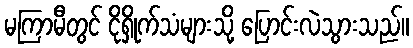
မကြာမီတွင် ငိုရှိုက်သံများသို့ ပြောင်းလဲသွားသည်။